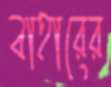
বাহারের